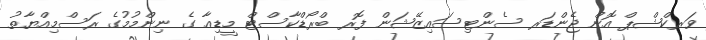
ވަރކްޝްޕް އޮން ޖެންޑަރ ސެންޓިސައިޒޭޝަން ފޮރ ބްރޯޑްކާސްޓް މީޑިއާ ގެ ނިންމުމުގެ ރަސްމިއްޔާތު